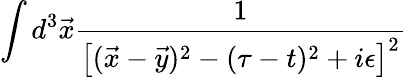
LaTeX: \int d^{3}\vec{x}{\frac{1}{\left[(\vec{x}-\vec{y})^{2}-(\tau-t)^{2}+i\epsilon\right]^{2}}}